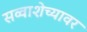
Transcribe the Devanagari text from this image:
सव्वाशेच्यावर